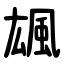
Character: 䫺